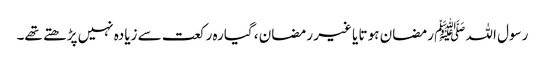
رسول اللہ ﷺ رمضان ہو تا یا غیر رمضان ، گیارہ رکعت سے زیادہ نہیں پڑھتے تھے۔